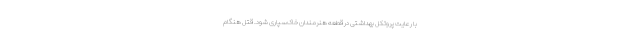
با رعایت پروتکل بهداشتی در قطعه هنرمندان خاک‌سپاری شود. قتل هنگام